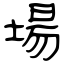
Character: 場